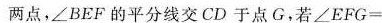
两点，∠BEF的平分线交CD于点G，若$$∠ E F G =